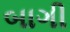
બાગી